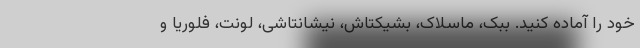
خود را آماده کنید. ببک، ماسلاک، بشیکتاش، نیشانتاشی، لونت، فلوریا و